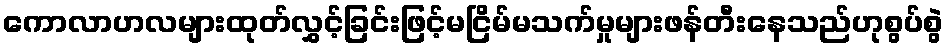
ကောလာဟလများထုတ်လွှင့်ခြင်းဖြင့်မငြိမ်မသက်မှုများဖန်တီးနေသည်ဟုစွပ်စွဲ